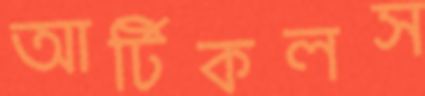
আর্টিকলস